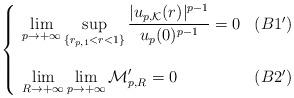
LaTeX: \begin{align*} \left\{ \begin{array}{lr} \displaystyle{ \lim_{p\rightarrow +\infty}}\sup_{\{r_{p,1}<r<1\} }\frac{ |u_{p,\mathcal K}(r)|^{p-1}}{u_p(0)^{p-1}}= 0 & (B1')\\ \\ \displaystyle{\lim_{R\rightarrow +\infty}}\lim_{p\rightarrow +\infty} \mathcal M'_{p,R}=0 & (B2') \end{array} \right. \end{align*}